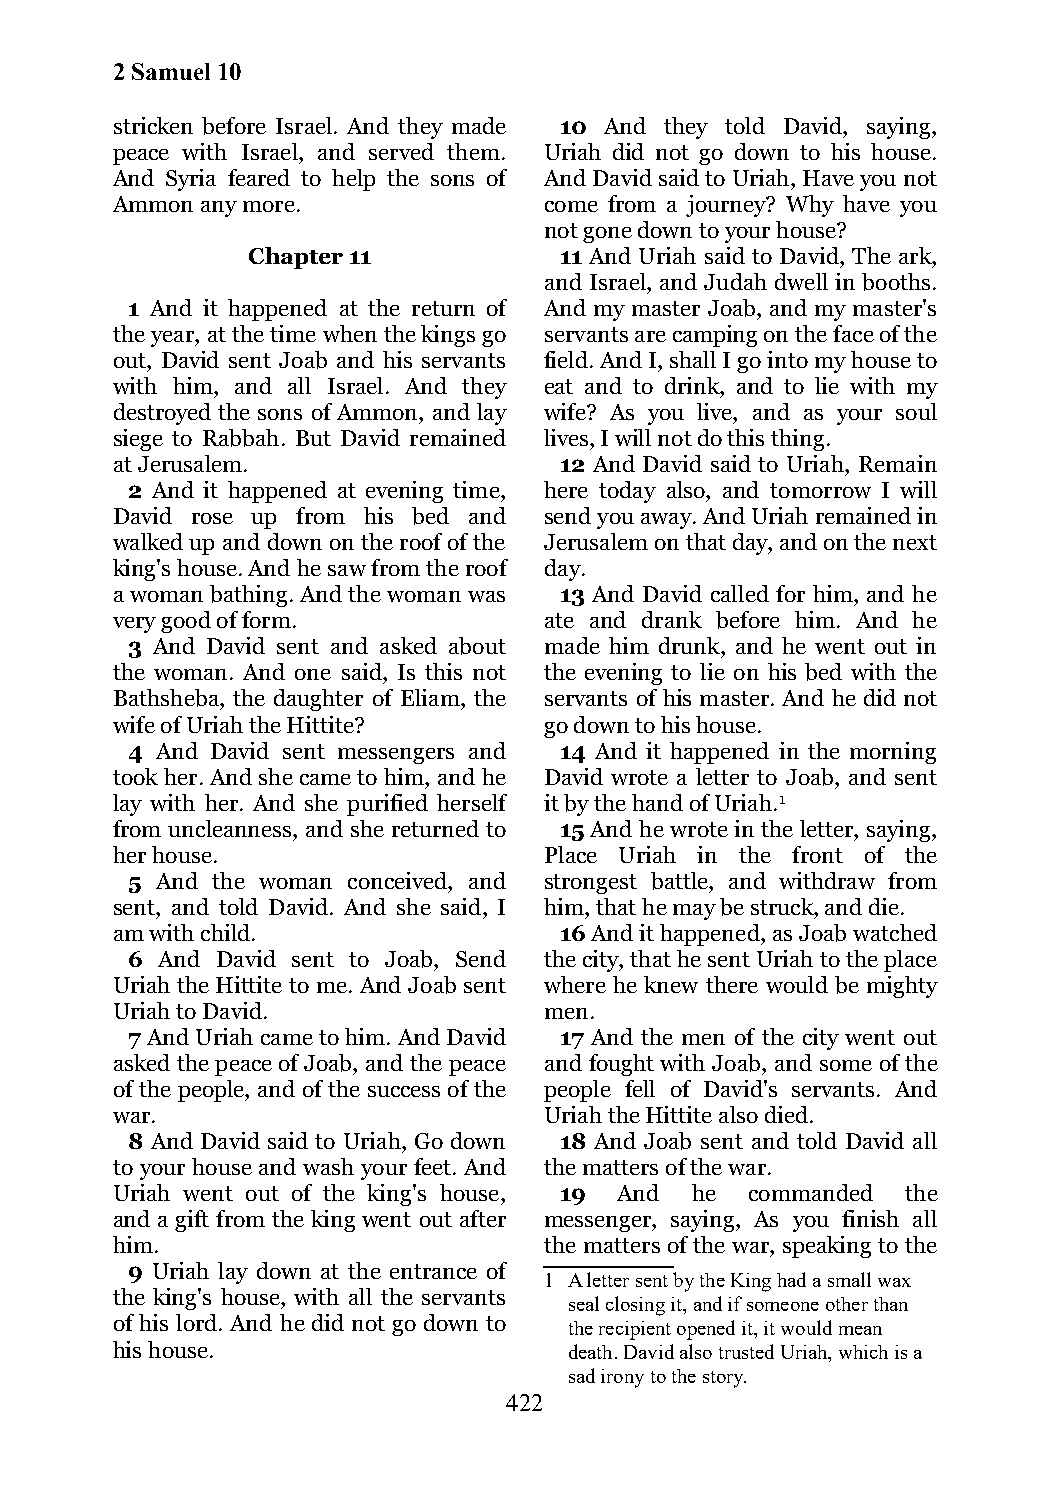
2 Samuel 10
 stricken before Israel. And they made 10 And they told David, saying,
 peace with Israel, and served them. Uriah did not go down to his house.
 And Syria feared to help the sons of And David said to Uriah, Have you not
 Ammon any more.              come from a journey? Why have you
 not gone down to your house?
 Chapter 11           11 And Uriah said to David, The ark,
 and Israel, and Judah dwell in booths.
 1 And it happened at the return of And my master Joab, and my master's
 the year, at the time when the kings go servants are camping on the face of the
 out, David sent Joab and his servants field. And I, shall I go into my house to
 with him, and all Israel. And they eat and to drink, and to lie with my
 destroyed the sons of Ammon, and lay wife? As you live, and as your soul
 siege to Rabbah. But David remained lives, I will not do this thing.
 at Jerusalem.                 12 And David said to Uriah, Remain
 2 And it happened at evening time, here today also, and tomorrow I will
 David rose up from his bed and send you away. And Uriah remained in
 walked up and down on the roof of the Jerusalem on that day, and on the next
 king's house. And he saw from the roof day.
 a woman bathing. And the woman was 13 And David called for him, and he
 very good of form.           ate and drank before him. And he
 3 And David sent and asked about made him drunk, and he went out in
 the woman. And one said, Is this not the evening to lie on his bed with the
 Bathsheba, the daughter of Eliam, the servants of his master. And he did not
 wife of Uriah the Hittite?   go down to his house.
 4 And David sent messengers and 14 And it happened in the morning
 took her. And she came to him, and he David wrote a letter to Joab, and sent
 lay with her. And she purified herself it by the hand of Uriah.1
 from uncleanness, and she returned to 15 And he wrote in the letter, saying,
 her house.                   Place Uriah in the front of the
 5 And the woman conceived, and strongest battle, and withdraw from
 sent, and told David. And she said, I him, that he may be struck, and die.
 am with child.                16 And it happened, as Joab watched
 6  And David sent to Joab, Send the city, that he sent Uriah to the place
 Uriah the Hittite to me. And Joab sent where he knew there would be mighty
 Uriah to David.              men.
 7 And Uriah came to him. And David 17 And the men of the city went out
 asked the peace of Joab, and the peace and fought with Joab, and some of the
 of the people, and of the success of the people fell of David's servants. And
 war.                         Uriah the Hittite also died.
 8 And David said to Uriah, Go down 18 And Joab sent and told David all
 to your house and wash your feet. And the matters of the war.
 Uriah went out of the king's house, 19 And he commanded the
 and a gift from the king went out after messenger, saying, As you finish all
 him.                         the matters of the war, speaking to the
 9 Uriah lay down at the entrance of
 1 A letter sent by the King had a small wax
 the king's house, with all the servants
 seal closing it, and if someone other than
 of his lord. And he did not go down to the recipient opened it, it would mean
 his house.                     death. David also trusted Uriah, which is a
 sad irony to the story.
 422